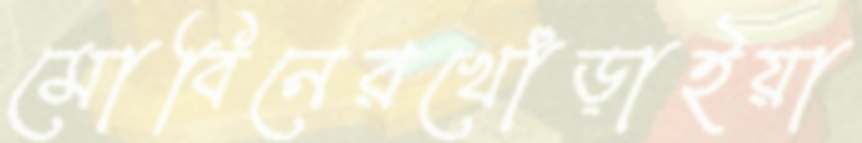
মোবিনেরখোঁড়াইয়া